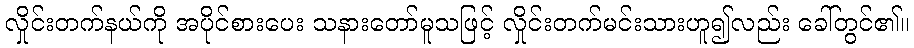
လှိုင်းတက်နယ်ကို အပိုင်စားပေး သနားတော်မူသဖြင့် လှိုင်းတက်မင်းသားဟူ၍လည်း ခေါ်တွင်၏။